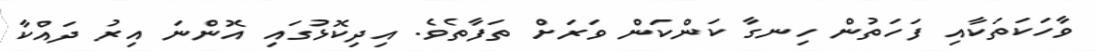
ވާހަކަތަކާއި ފަހަތުން ހިނގާ ކަންކަން ވަރަށް ތަފާތެވެ. އިދިކޮޅުގައި އޮންނަ އިރު ދައްކާ